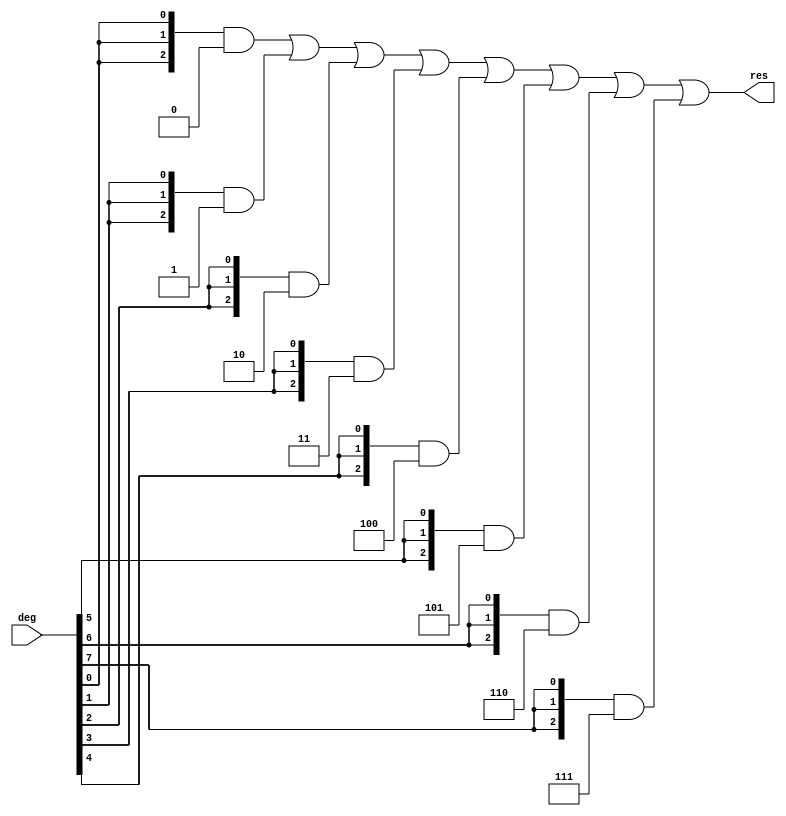
module log(
	input [7:0]	deg,
	output [2:0]	res
);
assign res =	{3{deg[0]}} & 3'h0 |
		{3{deg[1]}} & 3'h1 |
		{3{deg[2]}} & 3'h2 |
		{3{deg[3]}} & 3'h3 |
		{3{deg[4]}} & 3'h4 |
		{3{deg[5]}} & 3'h5 |
		{3{deg[6]}} & 3'h6 |
		{3{deg[7]}} & 3'h7;

endmodule

`timescale 1ns/100ps
module top();
reg [7:0]	test;
wire [2:0]	res_top;
log log1(.deg(test), .res(res_top));
initial test = 8'b1;
always
begin
	#10
	test = test << 1;
	$display("data = %d", test);
	$display("tes  = %d", res_top);
end

initial 
begin
	#80
	$stop;
end
endmodule